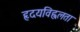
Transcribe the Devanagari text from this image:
हृदयविह्वलता